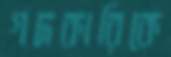
গদকারিকে